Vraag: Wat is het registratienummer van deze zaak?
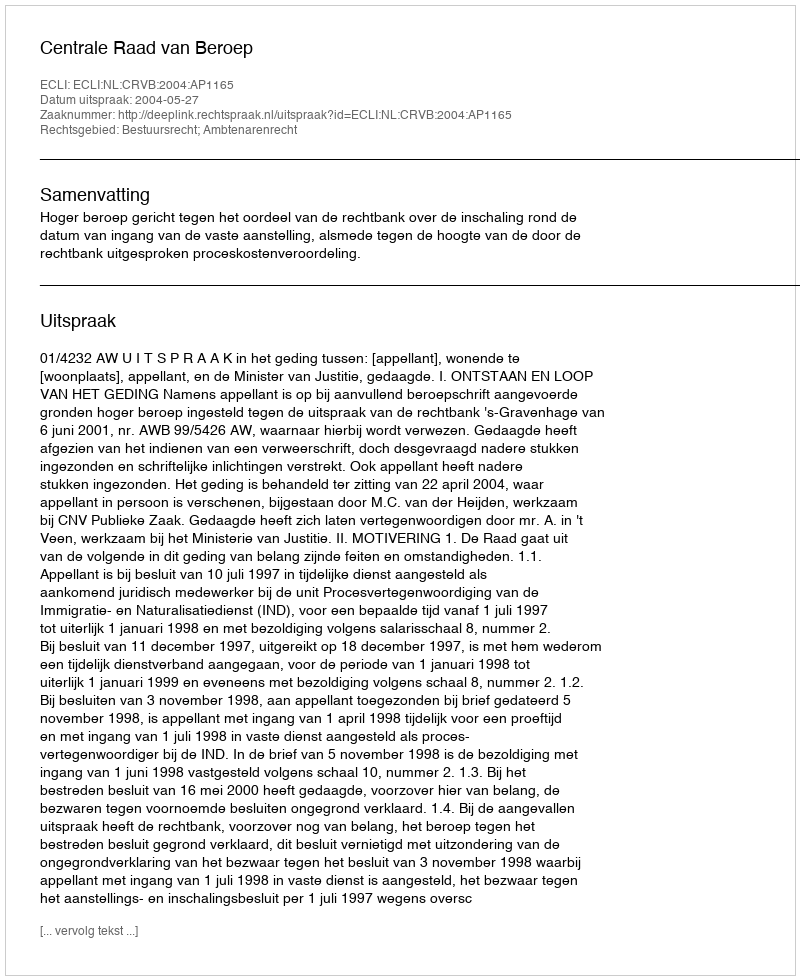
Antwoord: http://deeplink.rechtspraak.nl/uitspraak?id=ECLI:NL:CRVB:2004:AP1165